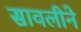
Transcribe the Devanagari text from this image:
सावलीने